Vaccination in Burma 1920-1933 - 1920-1933
Year: 1920
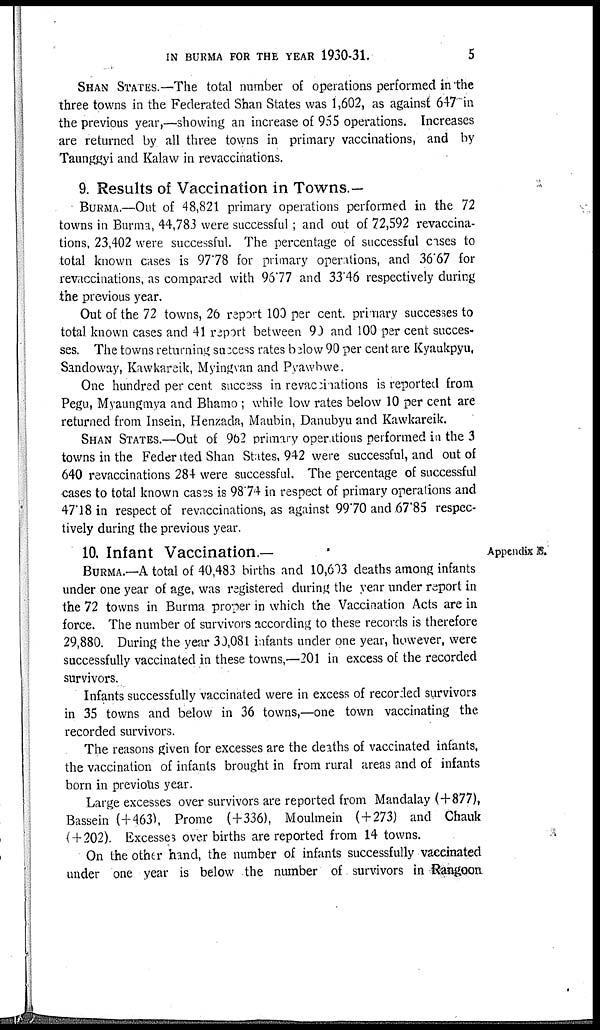
IN BURMA FOR THE YEAR 1930-31.
5
SHAN STATES.—The total number of operations performed in the
three towns in the Federated Shan States was 1,602, as against 647 in
the previous year,—showing an increase of 955 operations. Increases
are returned by all three towns in primary vaccinations, and by
Taunggyi and Kalaw in revaccinations.
9. Results of Vaccination in Towns.—
BURMA.—Out of 48,821 primary operations performed in the 72
towns in Burma, 44,783 were successful ; and out of 72,592 revaccina-
tions, 23,402 were successful. The percentage of successful cases to
total known cases is 9778 for primary operations, and 36.67 for
revaccinations, as compared with 96.77 and 33.46 respectively during
the previous year.
Out of the 72 towns, 26 report 100 per cent. primary successes to
total known cases and 41 report between 90 and 100 per cent succes-
ses. The towns returning success rates below 90 per cent are Kyaukpyu,
Sandoway, Kawkareik, Myingvan and Pyawbwe.
One hundred per cent success in revaccinations is reported from
Pegu, Myaungmya and Bhamo ; while low rates below 10 per cent are
returned from Insein, Henzada, Maubin, Danubyu and Kawkareik.
SHAN STATES.—Out of 962 primary operations performed in the 3
towns in the Federated Shan States, 942 were successful, and out of
640 revaccinations 284 were successful. The percentage of successful
cases to total known cases is 98.74 in respect of primary operations and
47.18 in respect of revaccinations, as against 99.70 and 67.85 respec-
tively during the previous year.
Appendix E.
10. Infant Vaccination.—
BURMA. —A total of 40,483 births and 10,603 deaths among infants
under one year of age, was registered during the year under report in
the 72 towns in Burma proper in which the Vaccination Acts are in
force. The number of survivors according to these records is therefore
29,880. During the year 30,081 infants under one year, however, were
successfully vaccinated in these towns,—201 in excess of the recorded
survivors.
Infants successfully vaccinated were in excess of recorded survivors
in 35 towns and below in 36 towns,—one town vaccinating the
recorded survivors.
The reasons given for excesses are the deaths of vaccinated infants,
the vaccination of infants brought in from rural areas and of infants
born in previous year.
Large excesses over survivors are reported from Mandalay (+877),
Bassein (+463), Prome (+336), Moulmein ( + 273) and Chauk
( + 202). Excesses over births are reported from 14 towns.
On the other hand, the number of infants successfully vaccinated
under one year is below the number of survivors in Rangoon.